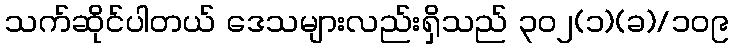
သက်ဆိုင်ပါတယ် ဒေသများလည်းရှိသည် ၃၀၂(၁)(ခ)/၁၀၉